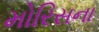
મોરિસના